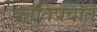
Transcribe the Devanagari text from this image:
क्रांतिपर्वात